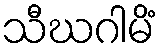
သီဃဂါမိံ